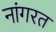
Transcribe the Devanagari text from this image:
नांगरत